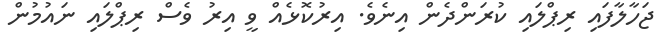
ޖަހާލާފައި ރިޕްލައި ކުރަންދެން އިނެވެ. އިރުކޮޅެއް ވީ އިރު ވެސް ރިޕްލައި ނައުމުން